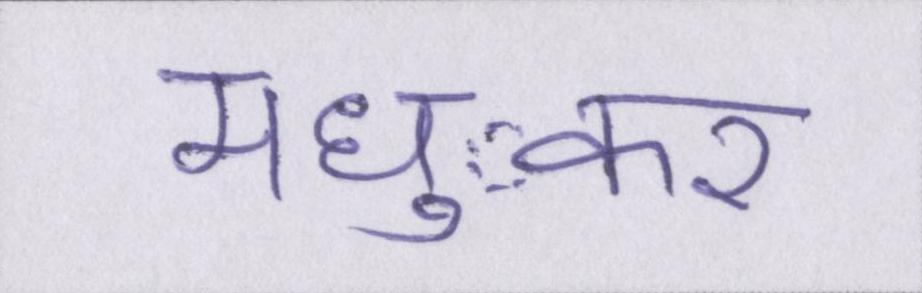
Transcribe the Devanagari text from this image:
मध्ुकर